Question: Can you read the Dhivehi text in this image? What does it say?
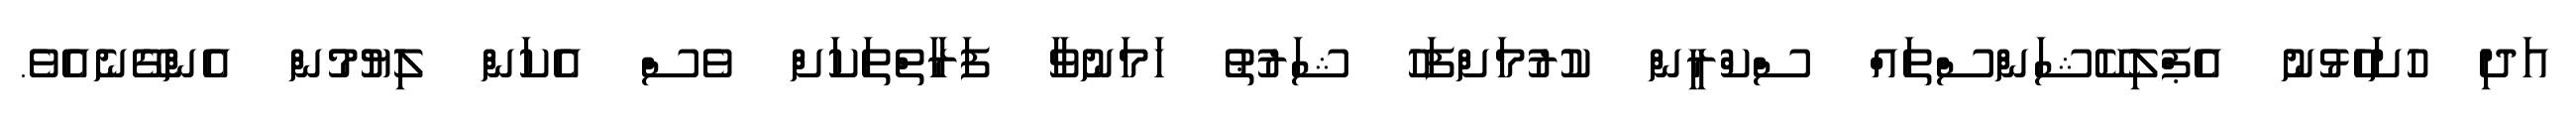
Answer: އަދި ހުށަހެޅުނު އެޕްލިކޭޝަންސްތައް ސްކްރީން ކުރުމަށްފަހު ޝަރުޠު ހަމަނުވާ ފަރާތްތަކަށް ވެސް އެކަން ލިޔުމުން އެންގޭނެއެވެ.